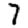
Digit: 7